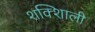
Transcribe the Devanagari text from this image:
शक्शिाली